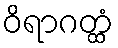
ဝိရာဂတ္ထံ